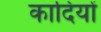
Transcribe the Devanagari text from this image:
कादियों